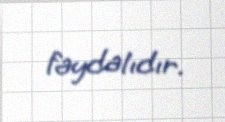
faydalıdır.